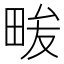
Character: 𭻒